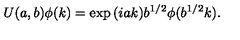
U ( a , b ) \phi ( k ) = \exp { ( i a k ) } b ^ { 1 / 2 } \phi ( b ^ { 1 / 2 } k ) .